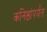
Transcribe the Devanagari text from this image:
कनिष्ठांपर्यंत